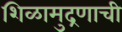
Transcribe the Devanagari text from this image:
शिळामुद्रणाची